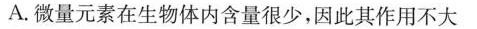
A.微量元素在生物体内含量很少，因此其作用不大